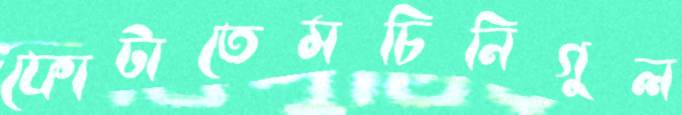
ফোটাতেমচিনিগুল